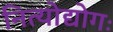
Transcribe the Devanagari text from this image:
नित्योद्योगः